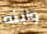
وابنه